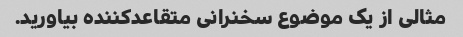
مثالی از یک موضوع سخنرانی متقاعدکننده بیاورید.